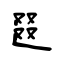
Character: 逫